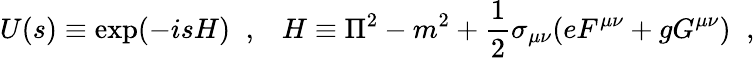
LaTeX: U(s)\equiv\exp(-isH)\; \; ,\; \; \; H\equiv\Pi^{2}-m^{2}+\frac{1}{2}\sigma_{\mu\nu}(eF^{\mu\nu}+gG^{\mu\nu})\; \; ,